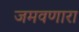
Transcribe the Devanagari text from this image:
जमवणारा